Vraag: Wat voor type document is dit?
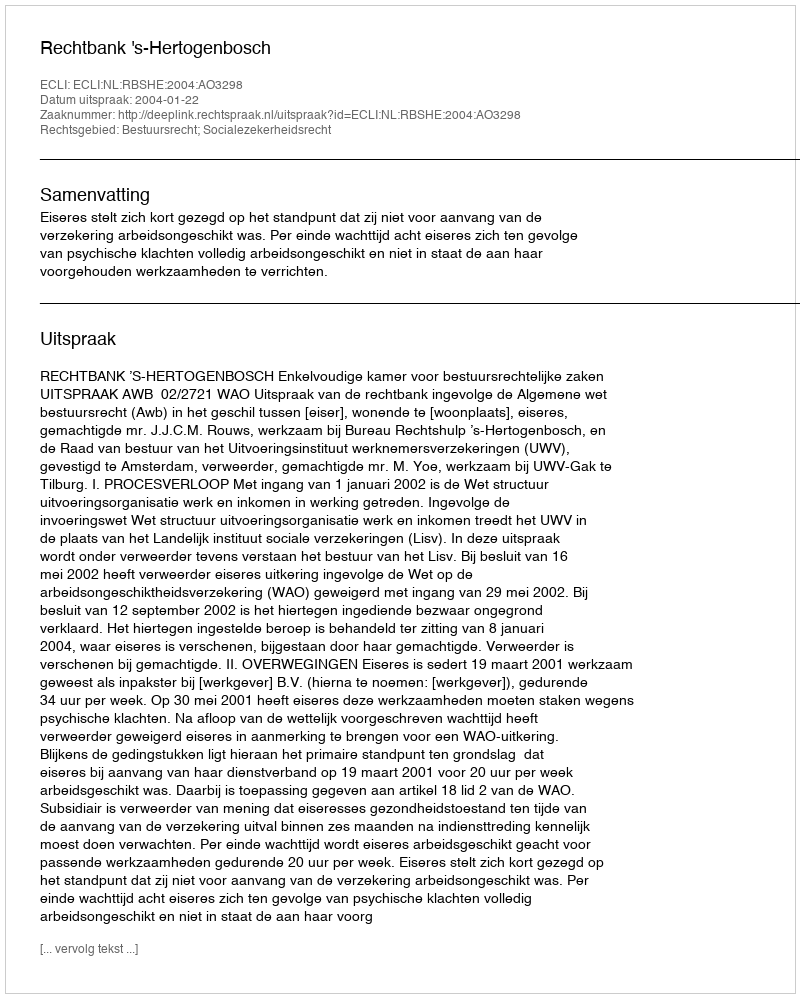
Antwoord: Uitspraak